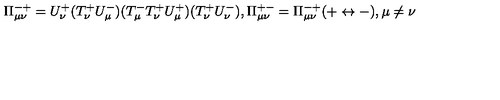
\Pi _ { \mu \nu } ^ { - + } = U _ { \nu } ^ { + } ( T _ { \nu } ^ { + } U _ { \mu } ^ { - } ) ( T _ { \mu } ^ { - } T _ { \nu } ^ { + } U _ { \mu } ^ { + } ) ( T _ { \nu } ^ { + } U _ { \nu } ^ { - } ) , \Pi _ { \mu \nu } ^ { + - } = \Pi _ { \mu \nu } ^ { - + } ( + \leftrightarrow - ) , \mu \neq \nu